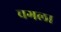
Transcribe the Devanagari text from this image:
चगला